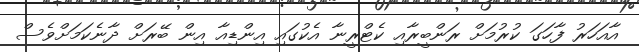
އާއަހަރު ފާހަގަ ކުރުމަށް ރަންބީރާއި ކެޓްރީނާ އެކުގައި އިންޑިއާ އިން ބޭރަށް ދާނެކަމަށްވެސް